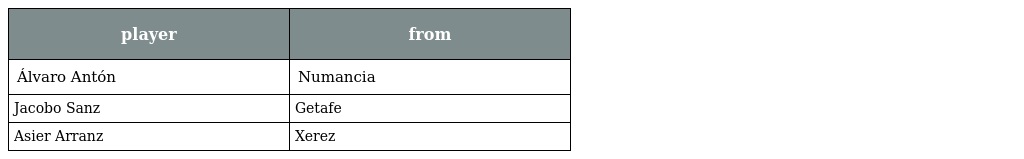
| player | from |
 | --- | --- |
 | Álvaro Antón | Numancia |
 | Jacobo Sanz | Getafe |
 | Asier Arranz | Xerez |